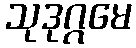
သုဒုဂ္ဂမေ